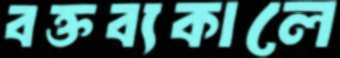
বক্তব্যকালে